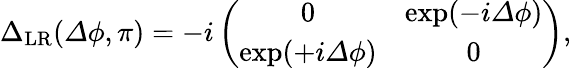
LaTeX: \begin{array}{r}{{\Delta}_{\mathrm{LR}}({\mathit\Delta\phi},\pi)=-i\left(\begin{array}{cc}{0}&{\exp(-i{\mathit\Delta\phi})}\\ {\exp(+i{\mathit\Delta\phi})}&{0}\end{array}\right),}\end{array}